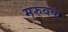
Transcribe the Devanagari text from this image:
मरुवक